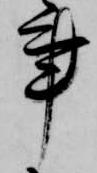
事